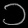
Digit: ၁